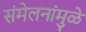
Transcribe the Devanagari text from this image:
संमेलनांमुळे